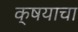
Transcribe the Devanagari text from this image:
क्षयाचा